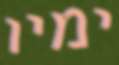
ימיו